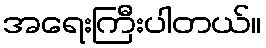
အရေးကြီးပါတယ်။